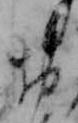
お